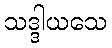
သဒ္ဒါယသေ